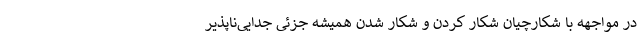
در مواجهه با شکارچیان شکار کردن و شکار شدن همیشه جزئی جدایی‌ناپذیر